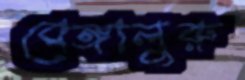
বেঙ্গালুরু